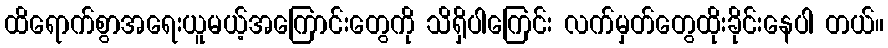
ထိရောက်စွာအရေးယူမယ့်အကြောင်းတွေကို သိရှိပါကြေင်း လက်မှတ်တွေထိုးခိုင်းနေပါ တယ်။